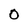
Character: 0